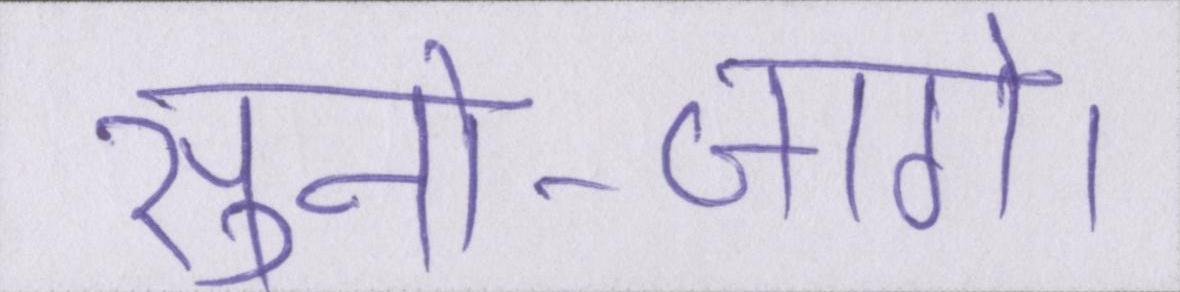
सुनो--जागे।